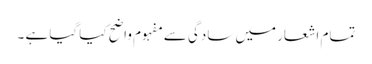
تمام اشعار میں سادگی سے مفہوم واضح کیا گیا ہے ۔